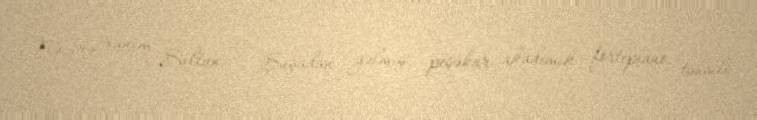
Nəzirə xanım Sultan — Şuşadan gəlmiş, peşəkar akademik fortepiano təhsili